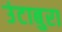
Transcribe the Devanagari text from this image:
उंटाबुरा